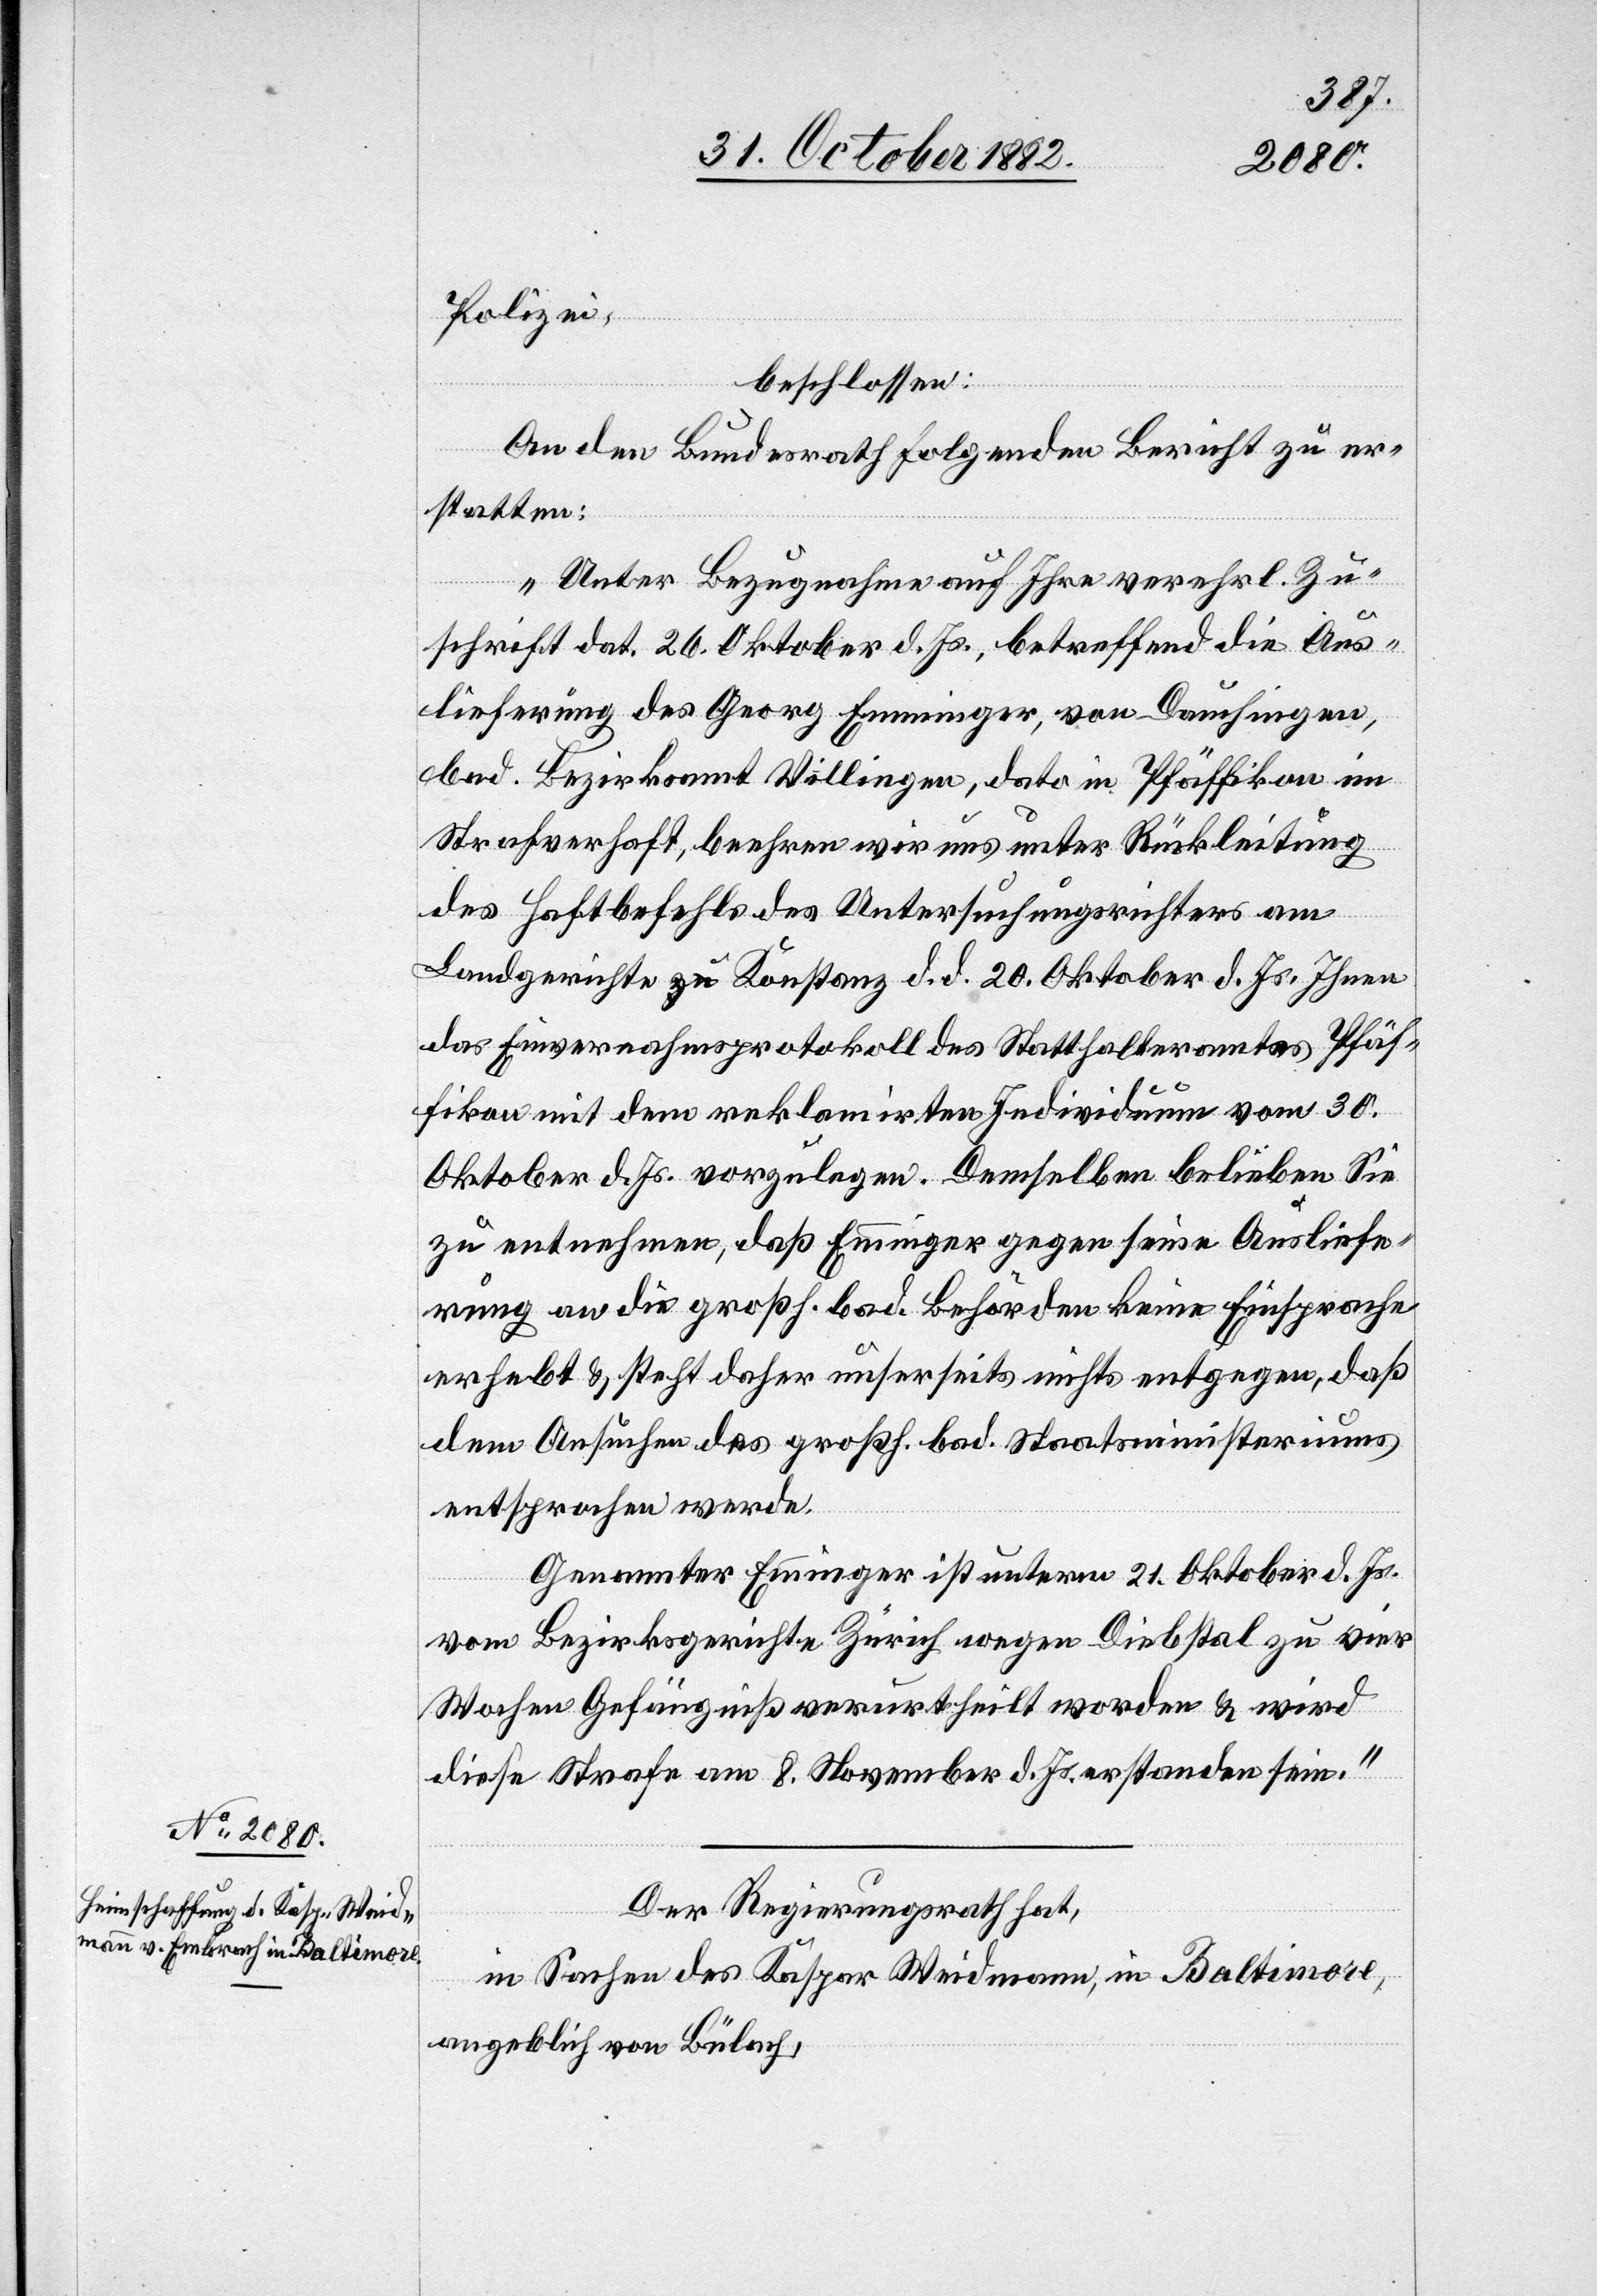
Polizei,
beschlossen:
„Unter Bezugnahme auf Ihre verehrl. Zu¬
schrift dat. 26. Oktober d. Js., betreffend die Aus¬
lieferung des Georg Emminger, von Dauchingen,
bad. Bezirksamt Villingen, dato in Pfäffikon im
Strafverhaft, beehren wir uns unter Rückleitung
des Haftbefehls des Untersuchungsrichters am
Landgerichte Konstanz d. d. 20. Oktober d. Js., Ihnen
das Einvernahmsprotokoll des Statthalteramtes Pfäf¬
fikon mit dem reklamirten Individuum vom 30.
Oktober d. Js. vorzulegen. Demselben belieben Sie
zu entnehmen, daß Emminger gegen seine Ausliefe¬
rung an die großh. bad. Behörden keine Einsprache
erhebt & steht daher unserseits nichts entgegen, daß
dem Ansuchen des großh. bad. Staatsministeriums
entsprochen werde.
Genannter Emminger ist unterm 21. Oktober d. Js.
vom Bezirksgerichte Zürich wegen Diebstal zu vier
Wochen Gefängniß verurtheilt worden & wird
diese Strafe am 8. November d. Js. erstanden sein.“
Der Regierungsrath hat,
in Sachen des Kaspar Weidmann, in Baltimore,
angeblich von Bülach,